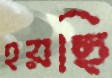
হয়ছি